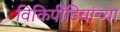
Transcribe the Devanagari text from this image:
विकिपीडियांच्या